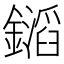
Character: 𨭡